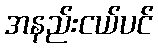
အနည်းငယ်ပင်